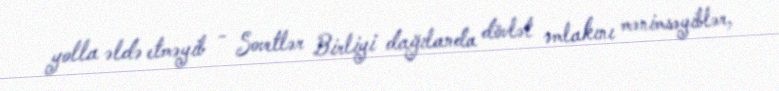
yolla əldə etməyib - Sovetlər Birliyi dağılanda dövlət əmlakını mənimsəyiblər,